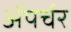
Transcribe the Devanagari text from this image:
ॲपर्चर